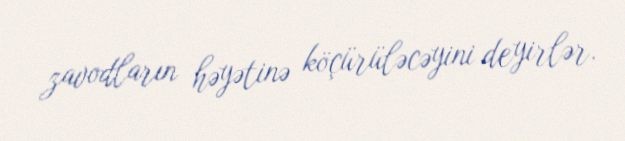
zavodların həyətinə köçürüləcəyini deyirlər.